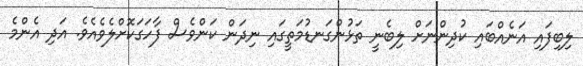
ލިބިފައި އަނެއްބައި ކުދިންނަށް ލިބެނީ ތަޅުންގަނޑުމަތީގައި ނިދަން ކަންވެސް ފާހަގަކޮށްލެވެއެވެ. އަދި އެންމެ